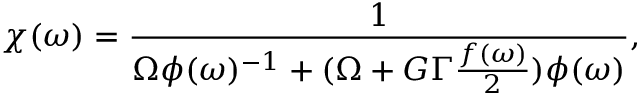
\chi ( \omega ) = \frac { 1 } { \Omega \phi ( \omega ) ^ { - 1 } + ( \Omega + G \Gamma \frac { f ( \omega ) } { 2 } ) \phi ( \omega ) } ,